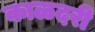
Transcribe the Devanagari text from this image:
काळदरी